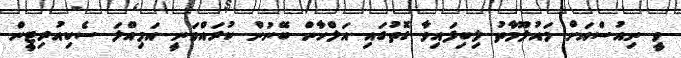
ވީ ނިއުސްއަށް މައުލޫމާތު ލިބިފައިވާ ގޮތުގައި އަލްހާން ބޭނުން ކުރައްވަނީ އަމިއްލަ ސެކިއުރިޓީން